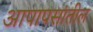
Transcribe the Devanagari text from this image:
आपापसांतील